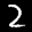
Label: 2